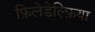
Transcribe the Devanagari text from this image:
फ़िलेडेल्फ़िया